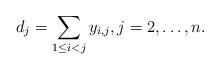
LaTeX: \begin{gather*}d_j=\sum_{1 \le i < j} y_{i,j}, j=2,\dots,n.\end{gather*}